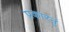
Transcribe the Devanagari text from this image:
प्रकारनुं